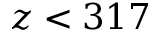
z < 3 1 7